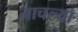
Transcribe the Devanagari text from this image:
नाचल्या